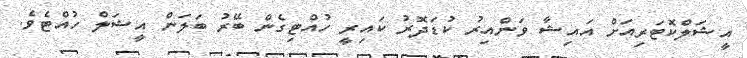
އީޝަލްކޮޓަރިއަށް އައިޝާ ވަންއިރު ކުޑަދޮރު ކައިރީ ހުއްޓިގެން ބޭރު ބަލަން އީޝަލް ހުއްޓެވެ.